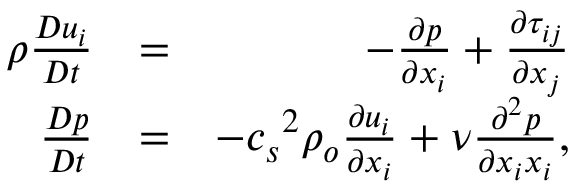
\begin{array} { r l r } { \rho \frac { D u _ { i } } { D t } } & { = } & { - \frac { \partial p } { \partial x _ { i } } + \frac { \partial \tau _ { i j } } { \partial x _ { j } } } \\ { \frac { D p } { D t } } & { = } & { - { c _ { s } } ^ { 2 } \rho _ { o } \frac { \partial u _ { i } } { \partial x _ { i } } + \nu \frac { \partial ^ { 2 } p } { \partial x _ { i } x _ { i } } , } \end{array}